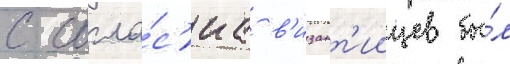
с согла́с'иа в'изант'иицев бы́л